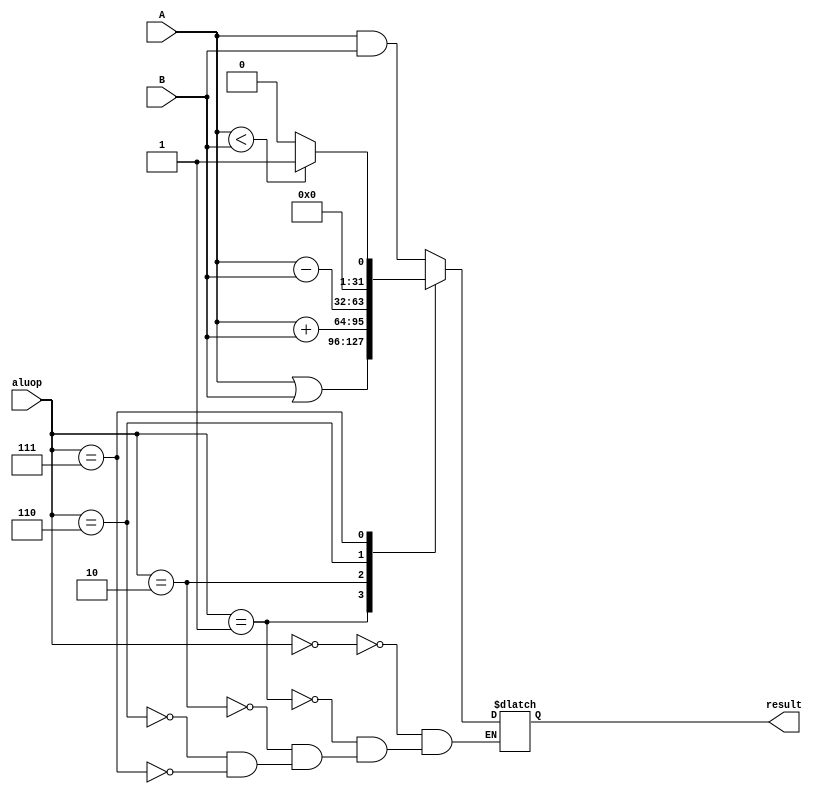
`timescale 1ns / 1ps
//////////////////////////////////////////////////////////////////////////////////
// Company: 
// Engineer: 
// 
// Design Name: 
// Module Name: alu
// Project Name: 
// Target Devices: 
// Tool Versions: 
// Description: 
// 
// Dependencies: 
// 
// Revision:
// Revision 0.01 - File Created
// Additional Comments:
// 
//////////////////////////////////////////////////////////////////////////////////


module alu(
input [31:0] A,B,
input [2:0] aluop,
output reg [31:0] result
    );
    always@(*)
    begin
    case(aluop)
    3'b000:result <= A & B;
    3'b001:result <= A | B;
    3'b010:result <= A+B;
    3'b110:result <= A-B;
    3'b111:if (A<B) result<=1;else result<=0;
    endcase
    end
endmodule